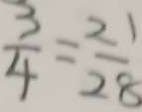
\frac { 3 } { 4 } = \frac { 2 1 } { 2 8 }